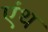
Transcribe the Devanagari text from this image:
एंथ